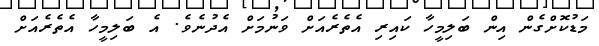
މަޑުކޮށްގެން އިން ބަލިމީހާ ކައިރި އެތެރެއަށް ވަނުމަށް އެދުނެވެ. އެ ބަލިމީހާ އެތެރެއަށް